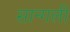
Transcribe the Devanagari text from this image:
सान्गली